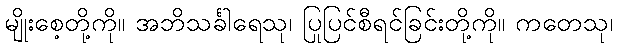
မျိုးစေ့တို့ကို။ အဘိသင်္ခါရေသု၊ ပြုပြင်စီရင်ခြင်းတို့ကို။ ကတေသု၊